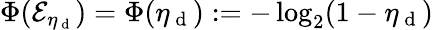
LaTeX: \Phi(\mathcal{E}_{\eta_{\mathrm{~d~}}})=\Phi(\eta_{\mathrm{~d~}}):=-\log_{2}(1-\eta_{\mathrm{~d~}})